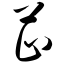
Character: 芷